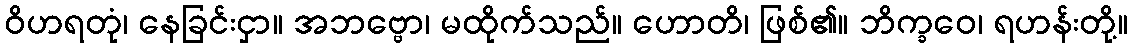
ဝိဟရတုံ၊ နေခြင်းငှာ။ အဘဗ္ဗော၊ မထိုက်သည်။ ဟောတိ၊ ဖြစ်၏။ ဘိက္ခဝေ၊ ရဟန်းတို့။